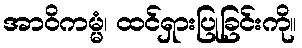
အာဝိကမ္မံ၊ ထင်ရှားပြုခြင်းကို။